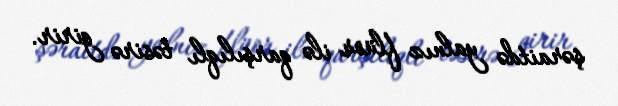
şəraitdə yalnız flüor ilə qarşılıqlı təsirə girir.